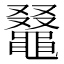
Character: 𪓭